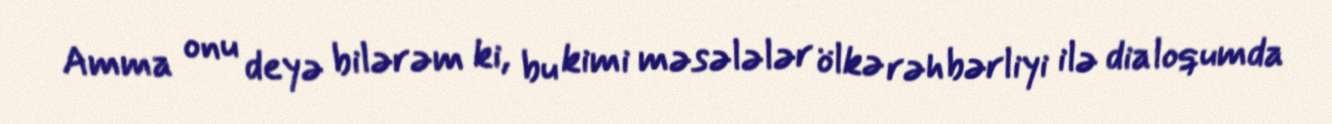
Amma onu deyə bilərəm ki, bu kimi məsələlər ölkə rəhbərliyi ilə dialoqumda